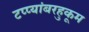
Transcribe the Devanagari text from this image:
टप्प्यांबरहुकूम